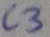
Text: C3